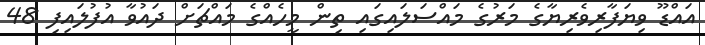
އައްޑޫ ވިޔަފާރިވެރިޔާގެ މަރުގެ މައްސަލައިގައި ތިން މީހެއްގެ މައްޗަށް ދައުވާ އުފުލައިފި 48